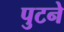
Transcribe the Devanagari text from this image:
पुटने